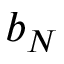
b _ { N }